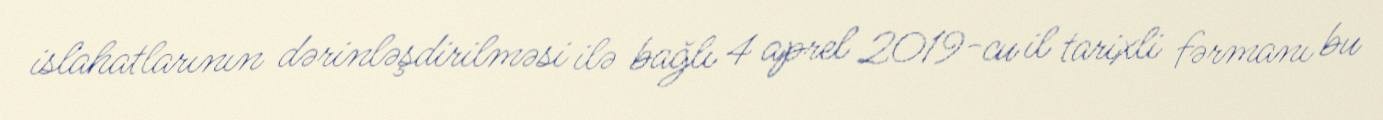
islahatlarının dərinləşdirilməsi ilə bağlı 4 aprel 2019-cu il tarixli fərmanı bu